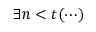
\exists n < t ( \cdots )